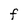
Character: F